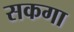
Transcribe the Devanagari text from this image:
सकगा